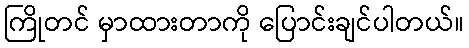
ကြိုတင် မှာထားတာကို ပြောင်းချင်ပါတယ်။